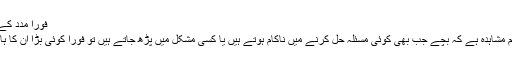
فوراً مدد کے لیے نہ لپکیں:
یہ بھی ایک عام مشاہدہ ہے کہ بچے جب بھی کوئی مسئلہ حل کرنے میں ناکام ہوتے ہیں یا کسی مشکل میں پڑھ جاتے ہیں تو فوراً کوئی بڑا ان کا ہاتھ تھام لیتا ہے۔